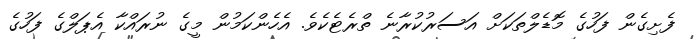
ފެށިގެން ފަހުގެ މޮޑެލްތަކަށް އަސަރުކުރާނެ ތްރެޓެކެވެ. އެހެންކަމުން މީގެ ނުރައްކާ އެޕަލްގެ ފަހުގެ